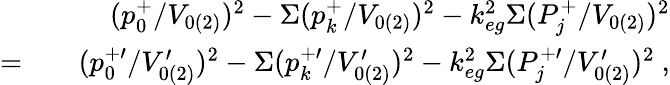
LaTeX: \begin{array}{rlr}&{}&{(p_{0}^{+}/V_{0(2)})^{2}-\Sigma(p_{k}^{+}/V_{0(2)})^{2}-k_{eg}^{2}\Sigma(P_{j}^{+}/V_{0(2)})^{2}}\\ {=}&{}&{(p_{0}^{+\prime}/V_{0(2)}^{\prime})^{2}-\Sigma(p_{k}^{+\prime}/V_{0(2)}^{\prime})^{2}-k_{eg}^{2}\Sigma(P_{j}^{+\prime}/V_{0(2)}^{\prime})^{2}~,}\end{array}